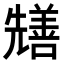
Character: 𭀺